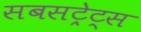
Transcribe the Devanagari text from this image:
सबसट्रेट्स